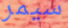
سيمر